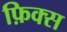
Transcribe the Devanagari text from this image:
फ़िक्स